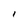
Character: I